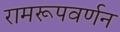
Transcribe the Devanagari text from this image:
रामरूपवर्णन